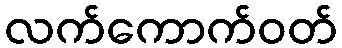
လက်ကောက်ဝတ်